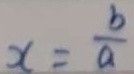
x = \frac { b } { a }